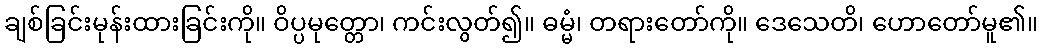
ချစ်ခြင်းမုန်းထားခြင်းကို။ ဝိပ္ပမုတ္တော၊ ကင်းလွတ်၍။ ဓမ္မံ၊ တရားတော်ကို။ ဒေသေတိ၊ ဟောတော်မူ၏။